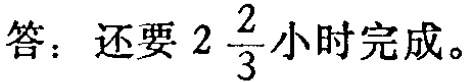
答：还要 \(2\frac{2}{3}\) 小时完成。